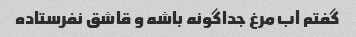
گفتم آب مرغ جداگونه باشه و قاشق نفرستاده